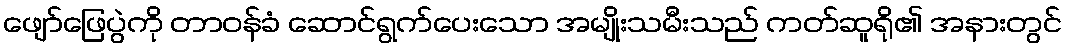
ဖျော်ဖြေပွဲကို တာဝန်ခံ ဆောင်ရွက်ပေးသော အမျိုးသမီးသည် ကတ်ဆူရို၏ အနားတွင်